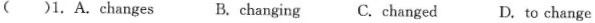
()1.A.Changes B.changing C.changed D.to change